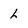
Character: L